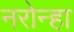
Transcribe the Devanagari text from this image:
नरोन्हा